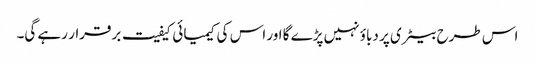
اس طرح بیٹری پر دباؤ نہیں پڑے گا اور اس کی کیمیائی کیفیت برقرار رہے گی۔